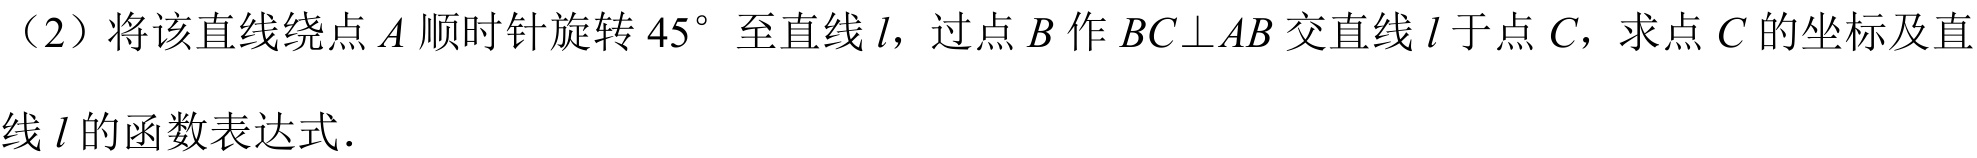
（2）将该直线绕点\(A\)顺时针旋转\(45^{\circ}\)至直线\(l\)，过点\(B\)作\(BC\bot AB\)交直线\(l\)于点\(C\)，求点\(C\)的坐标及直线\(l\)的函数表达式．